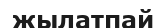
жылатпай